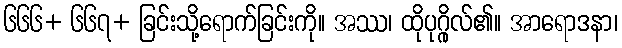
၆၆၆+ ၆၆၇+ ခြင်းသို့ရောက်ခြင်းကို။ အဿ၊ ထိုပုဂ္ဂိုလ်၏။ အာရောဒနာ၊